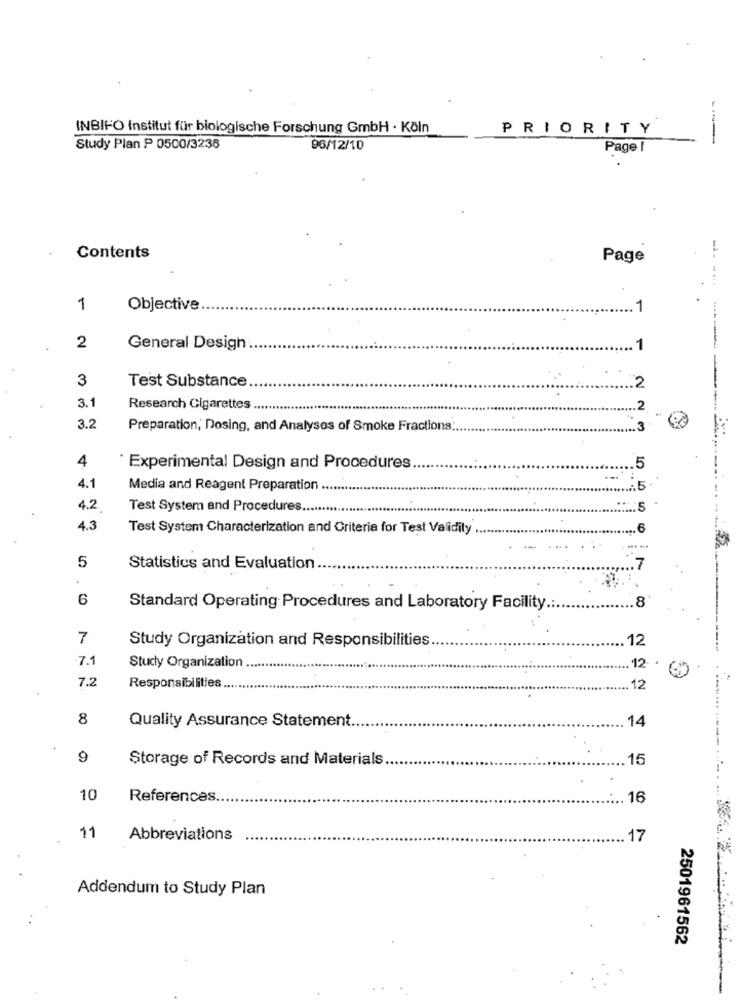
INBIFO Institut für biologische Forschung GmbH · Köln
PRIORITY
--
Study Plan P 0500/3236
96/12/10
Page 1
Contents
Page
.......
1
Objective
1
2
General Desigh
3
Test Substance
2
3.1
---
Research Cigarettes
.2
3.2
Preparation, Dosing, and Analyses of Smoke Fractions ;.
3
4
* Experimental Design and Procedures
4.1
Media and Reagent Preparation ..
4.2
Test System and Procedures.
4.3
Test System Characterization and Criteria for Test Validity .
5
Statistics and Evaluation
6
8
Standard Operating Procedures and Laboratory Facility .:
7
Study Organization and Responsibilities
12
7.1
Study Organization
12
7.2
Responsibilities.
12
8
Quality Assurance Statement.
14
9
Storage of Records and Materials
15
10
References.
.. 16
11
Abbreviations
.. 17
Addendum to Study Plan
2501961562